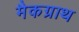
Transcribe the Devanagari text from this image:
मैकग्राथ